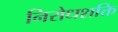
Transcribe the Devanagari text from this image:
निरोधशक्ति